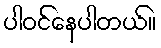
ပါဝင်နေပါတယ်။